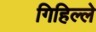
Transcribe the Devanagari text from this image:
गिहिल्ले